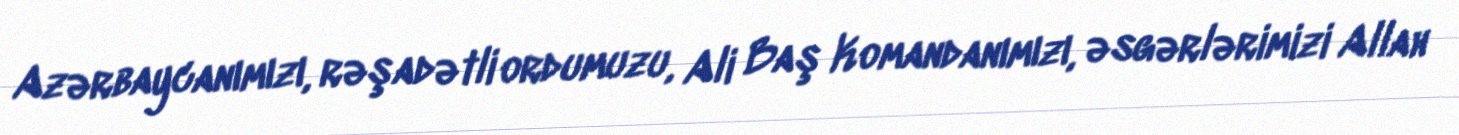
Azərbaycanımızı, rəşadətli ordumuzu, Ali Baş Komandanımızı, əsgərlərimizi Allah